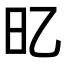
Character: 𣄻